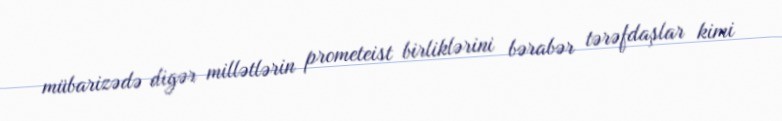
mübarizədə digər millətlərin prometeist birliklərini bərabər tərəfdaşlar kimi